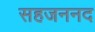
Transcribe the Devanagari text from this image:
सहजननद